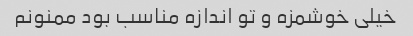
خیلی خوشمزه و تو اندازه مناسب بود ممنونم